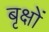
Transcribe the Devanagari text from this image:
बृक्षों